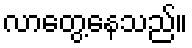
လာတွေ့နေသည်။